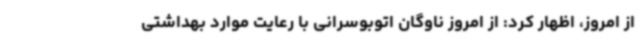
از امروز، اظهار کرد: از امروز ناوگان اتوبوسرانی با رعایت موارد بهداشتی